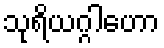
သုရိယဂ္ဂါဟော